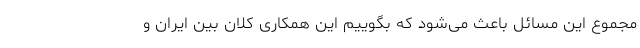
مجموع این مسائل باعث می‌شود که بگوییم این همکاری کلان بین ایران و